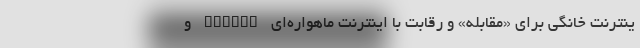
ینترنت خانگی برای «مقابله» و رقابت با اینترنت ماهواره‌ای SpaceX و